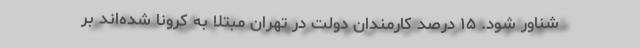
شناور شود. ۱۵ درصد کارمندان دولت در تهران مبتلا به کرونا شده‌اند بر